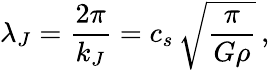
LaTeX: \lambda_{J}={\frac{2\pi}{k_{J}}}=c_{s}\, \sqrt{\frac{\pi}{G\rho}}\, ,